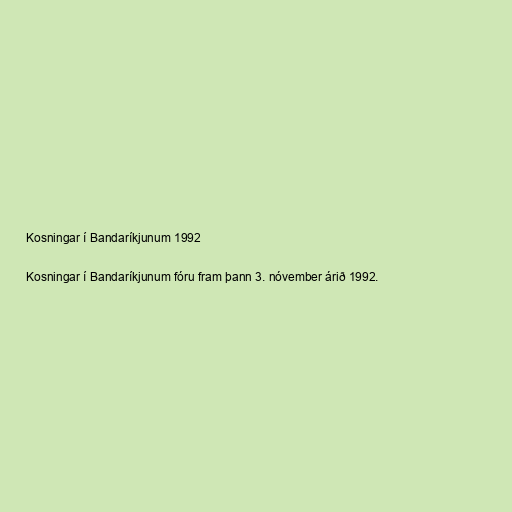
Kosningar í Bandaríkjunum 1992

Kosningar í Bandaríkjunum fóru fram þann 3. nóvember árið 1992.